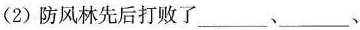
(2)防风林先后打败了___、___、